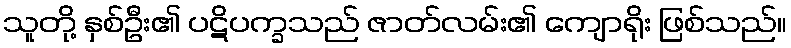
သူတို့ နှစ်ဦး၏ ပဋိပက္ခသည် ဇာတ်လမ်း၏ ကျောရိုး ဖြစ်သည်။